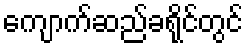
ကျောက်ဆည်ခရိုင်တွင်